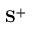
\mathbf { S } ^ { + }